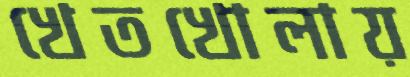
খেতখোলায়